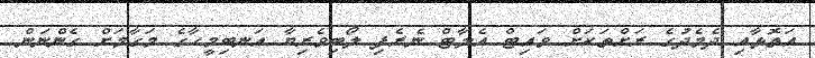
އަތޮޅާއި ދެމެދުގެ ރަށްތަކަށް ވައިޓް އެލާޓް ނެރެފި ލޯބިވެރިޔާ އަނބިމީހާގެ މަގާމަށް ގެންނަން